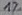
Text: 1%